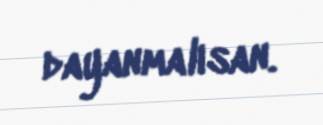
dayanmalısan.